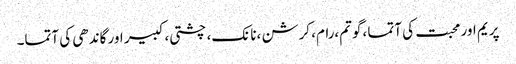
پریم اور محبت کی آتما ،گوتم،رام، کرشن ،نانک، چشتی، کبیر اور گاندھی کی آتما۔